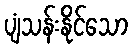
ပျံသန်းနိုင်သော